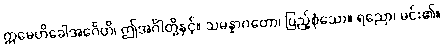
ဣမေဟိခေါအင်္ဂေဟိ၊ ဤအင်္ဂါတို့နှင့်။ သမန္နာဂတော၊ ပြည့်စုံသော။ ရညော၊ မင်း၏။